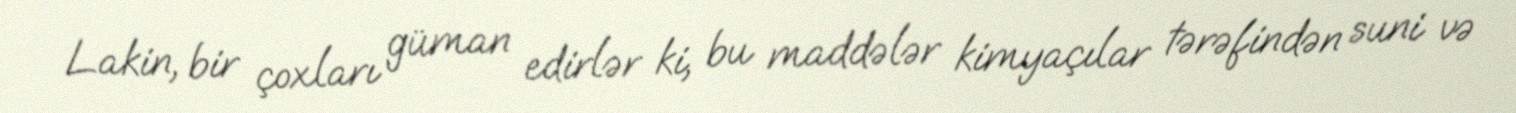
Lakin, bir çoxları güman edirlər ki, bu maddələr kimyaçılar tərəfindən suni və